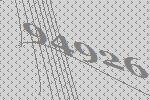
94926